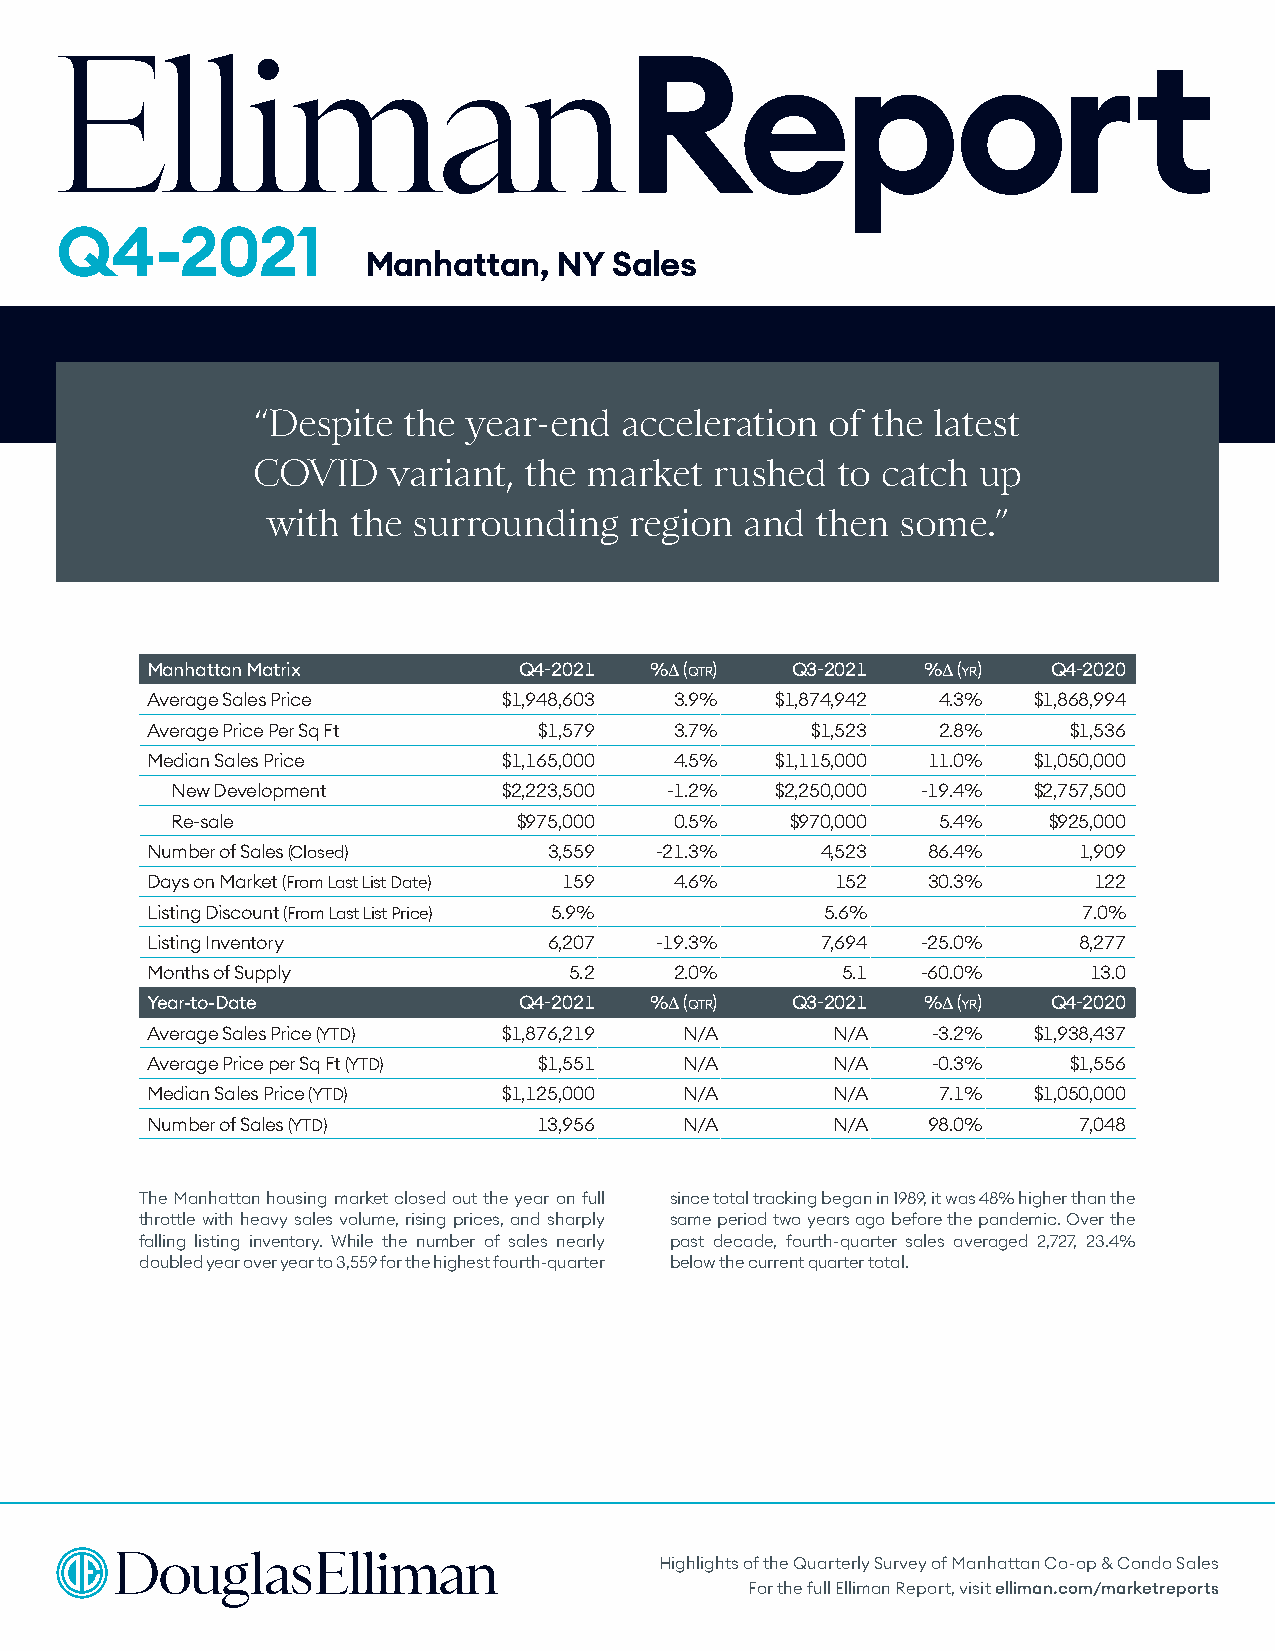
Report
 Q4-2021
 Manhattan,   NY  Sales
 “Despite  the year-end  acceleration  of the latest
 COVID    variant, the market  rushed  to catch  up
 with the surrounding    region and  then  some.”
 Manhattan Matrix        Q4-2021  %∆ (qtr) Q3-2021  %∆ (yr)  Q4-2020
 Average Sales Price    $1,948,603  3.9%  $1,874,942 4.3%  $1,868,994
 Average Price Per Sq Ft   $1,579   3.7%     $1,523  2.8%     $1,536
 Median Sales Price     $1,165,000  4.5%  $1,115,000 11.0% $1,050,000
 New Development       $2,223,500 -1.2%  $2,250,000 -19.4% $2,757,500
 Re-sale                $975,000   0.5%   $970,000  5.4%   $925,000
 Number of Sales (Closed)  3,559  -21.3%     4,523  86.4%     1,909
 Days on Market (From Last List Date) 159 4.6% 152  30.3%      122
 Listing Discount (From Last List Price) 5.9% 5.6%             7.0%
 Listing Inventory         6,207  -19.3%     7,694  -25.0%    8,277
 Months of Supply            5.2    2.0%       5.1  -60.0%     13.0
 Year-to-Date            Q4-2021  %∆ (qtr) Q3-2021  %∆ (yr)  Q4-2020
 Average Sales Price (YTD) $1,876,219 N/A     N/A    -3.2% $1,938,437
 Average Price per Sq Ft (YTD) $1,551 N/A     N/A    -0.3%    $1,556
 Median Sales Price (YTD) $1,125,000 N/A      N/A    7.1%  $1,050,000
 Number of Sales (YTD)     13,956   N/A       N/A   98.0%     7,048
 The Manhattan housing market closed out the year on full since total tracking began in 1989, it was 48% higher than the
 throttle with heavy sales volume, rising prices, and sharply same period two years ago before the pandemic. Over the
 falling listing inventory. While the number of sales nearly past decade, fourth-quarter sales averaged 2,727, 23.4%
 doubled year over year to 3,559 for the highest fourth-quarter below the current quarter total.
 Highlights of the Quarterly Survey of Manhattan Co-op & Condo Sales
 For the full Elliman Report, visit elliman.com/marketreports